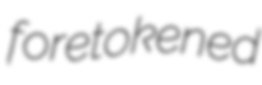
foretokened